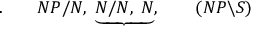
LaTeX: . \qquad N P / N , \; \underbrace { N / N , \; N } , \qquad ( N P \backslash S )